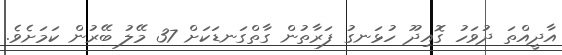
އާދީއްތަ ދުވަހު ގޮއިދޫ ހުޅަނގު ފަރާތުން ގާތްގަނޑަކަށް 37 މޭލު ބޭރުން ކަމަށެވެ.